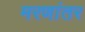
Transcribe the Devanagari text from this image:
मरणांतर